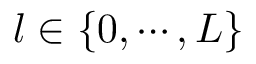
l \in \{ 0 , \cdots , L \}